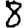
Digit: 8